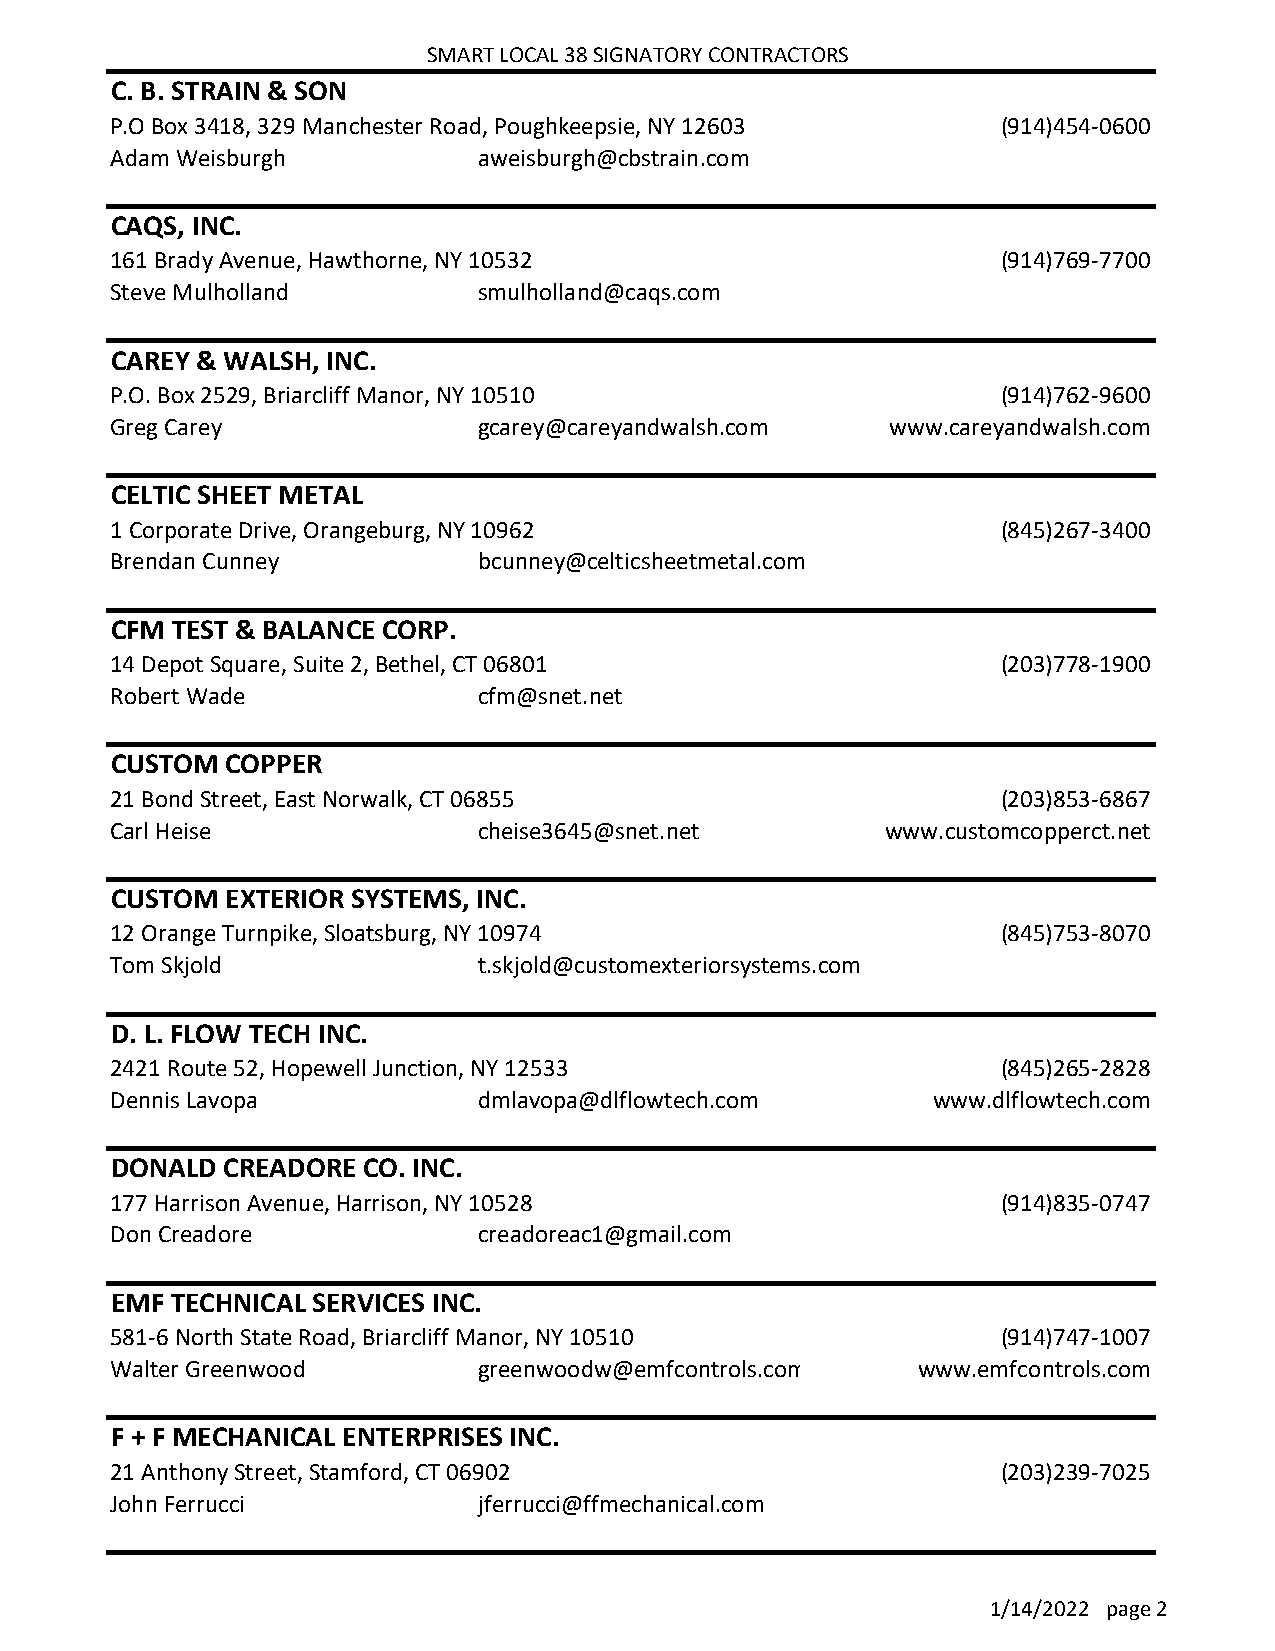
SMART LOCAL 38 SIGNATORY CONTRACTORS
 C. B. STRAIN & SON
 P.O Box 3418, 329 Manchester Road, Poughkeepsie, NY 12603  (914)454-0600
 Adam Weisburgh           aweisburgh@cbstrain.com
 CAQS, INC.
 161 Brady Avenue, Hawthorne, NY 10532                      (914)769-7700
 Steve Mulholland         smulholland@caqs.com
 CAREY & WALSH, INC.
 P.O. Box 2529, Briarcliff Manor, NY 10510                  (914)762-9600
 Greg Carey               gcarey@careyandwalsh.com   www.careyandwalsh.com
 CELTIC SHEET METAL
 1 Corporate Drive, Orangeburg, NY 10962                    (845)267-3400
 Brendan Cunney           bcunney@celticsheetmetal.com
 CFM TEST & BALANCE CORP.
 14 Depot Square, Suite 2, Bethel, CT 06801                 (203)778-1900
 Robert Wade              cfm@snet.net
 CUSTOM  COPPER
 21 Bond Street, East Norwalk, CT 06855                     (203)853-6867
 Carl Heise               cheise3645@snet.net        www.customcopperct.net
 CUSTOM  EXTERIOR SYSTEMS, INC.
 12 Orange Turnpike, Sloatsburg, NY 10974                   (845)753-8070
 Tom Skjold               t.skjold@customexteriorsystems.com
 D. L. FLOW TECH INC.
 2421 Route 52, Hopewell Junction, NY 12533                 (845)265-2828
 Dennis Lavopa            dmlavopa@dlflowtech.com       www.dlflowtech.com
 DONALD  CREADORE CO. INC.
 177 Harrison Avenue, Harrison, NY 10528                    (914)835-0747
 Don Creadore             creadoreac1@gmail.com
 EMF TECHNICAL SERVICES INC.
 581-6 North State Road, Briarcliff Manor, NY 10510         (914)747-1007
 Walter Greenwood         greenwoodw@emfcontrols.com   www.emfcontrols.com
 F + F MECHANICAL ENTERPRISES INC.
 21 Anthony Street, Stamford, CT 06902                      (203)239-7025
 John Ferrucci            jferrucci@ffmechanical.com
 1/14/2022 page 2